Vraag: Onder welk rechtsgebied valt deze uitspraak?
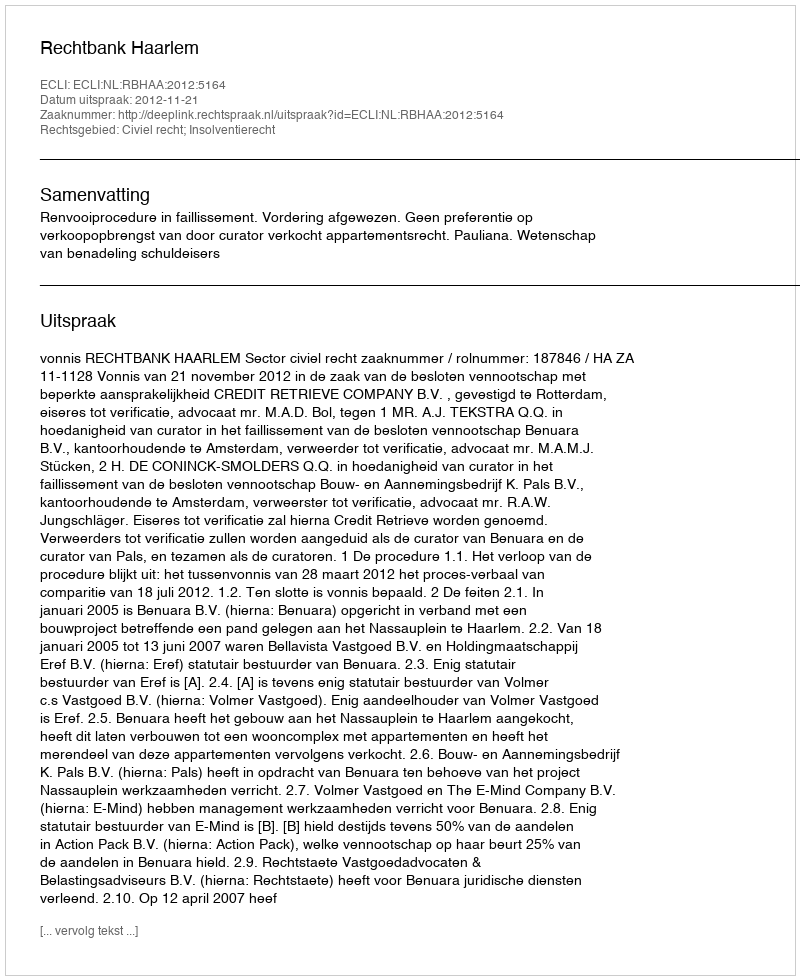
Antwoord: Civiel recht; Insolventierecht